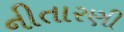
નીતારણી